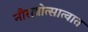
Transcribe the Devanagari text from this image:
नौरात्रोत्सात्वात